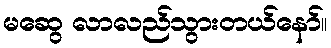
မဆွေ လာလည်သွားတယ်နော်။